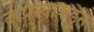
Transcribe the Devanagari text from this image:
कंपन्याकडून